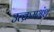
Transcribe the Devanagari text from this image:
उत्क्रमभ्रंश